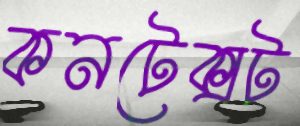
কনটেক্সট